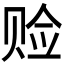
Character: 𫎨